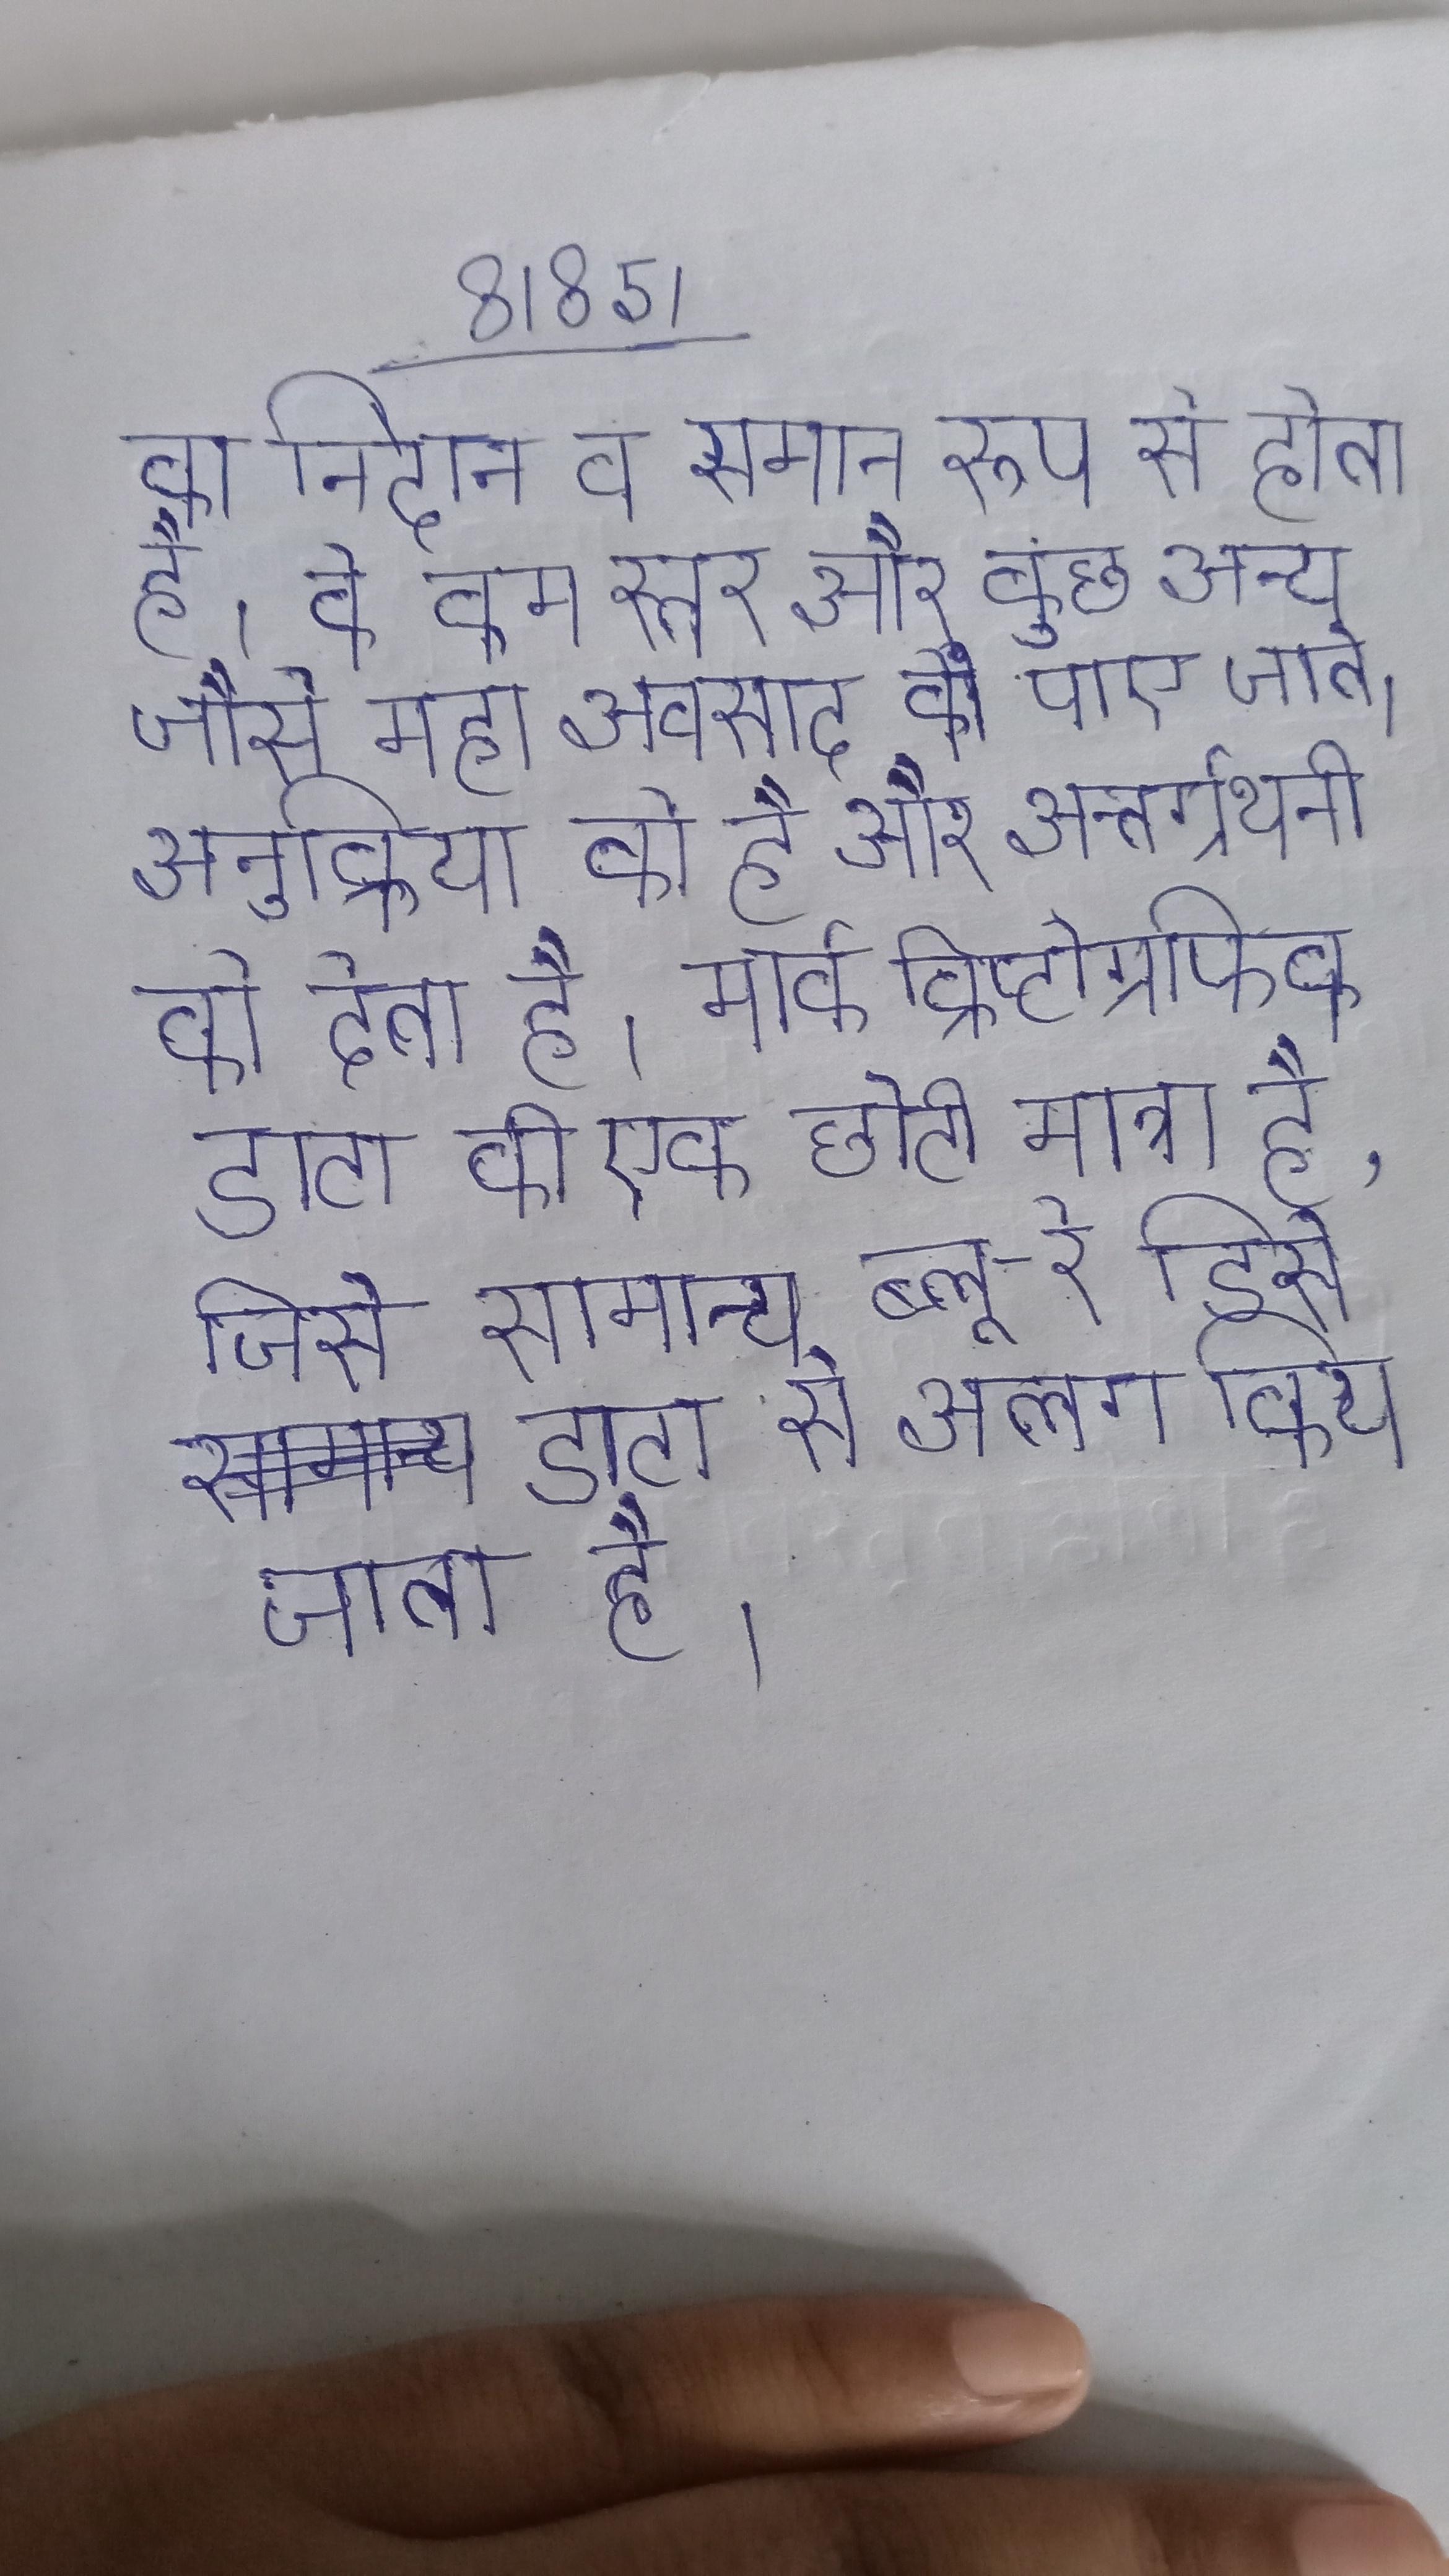
का निदान व समान रूप से होता है । के कम स्तर और कुछ अन्य जैसे महा अवसाद के पाए जाते । अनुक्रिया को है और अन्तर्ग्रथनी को देता है । मार्क क्रिप्टोग्राफिक डाटा की एक छोटी मात्रा है, जिसे सामान्य ब्लू-रे डिस्क डाटा से अलग किया जाता है ।